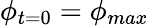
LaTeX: \phi_{t=0}=\phi_{max}